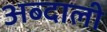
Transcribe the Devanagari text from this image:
अब्‍दाली